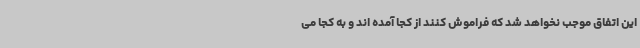
این اتفاق موجب نخواهد شد که فراموش کنند از کجا آمده اند و به کجا می